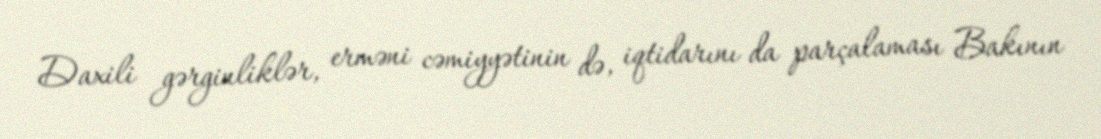
Daxili gərginliklər, erməni cəmiyyətinin də, iqtidarını da parçalaması Bakının